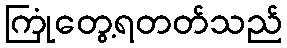
ကြုံတွေ့ရတတ်သည်